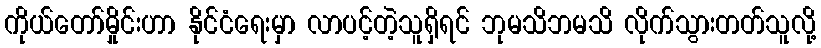
ကိုယ်တော်မှိုင်းဟာ နိုင်ငံရေးမှာ လာပင့်တဲ့သူရှိရင် ဘုမသိဘမသိ လိုက်သွားတတ်သူလို့